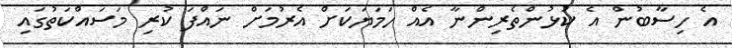
އެ ހިސާބުން އެ ކުޅުންތެރިންނާ އެއް ހަމަޔަކަށް އެރުމަށް ނައްފަ ކުރި މަސައްކަތުގައި